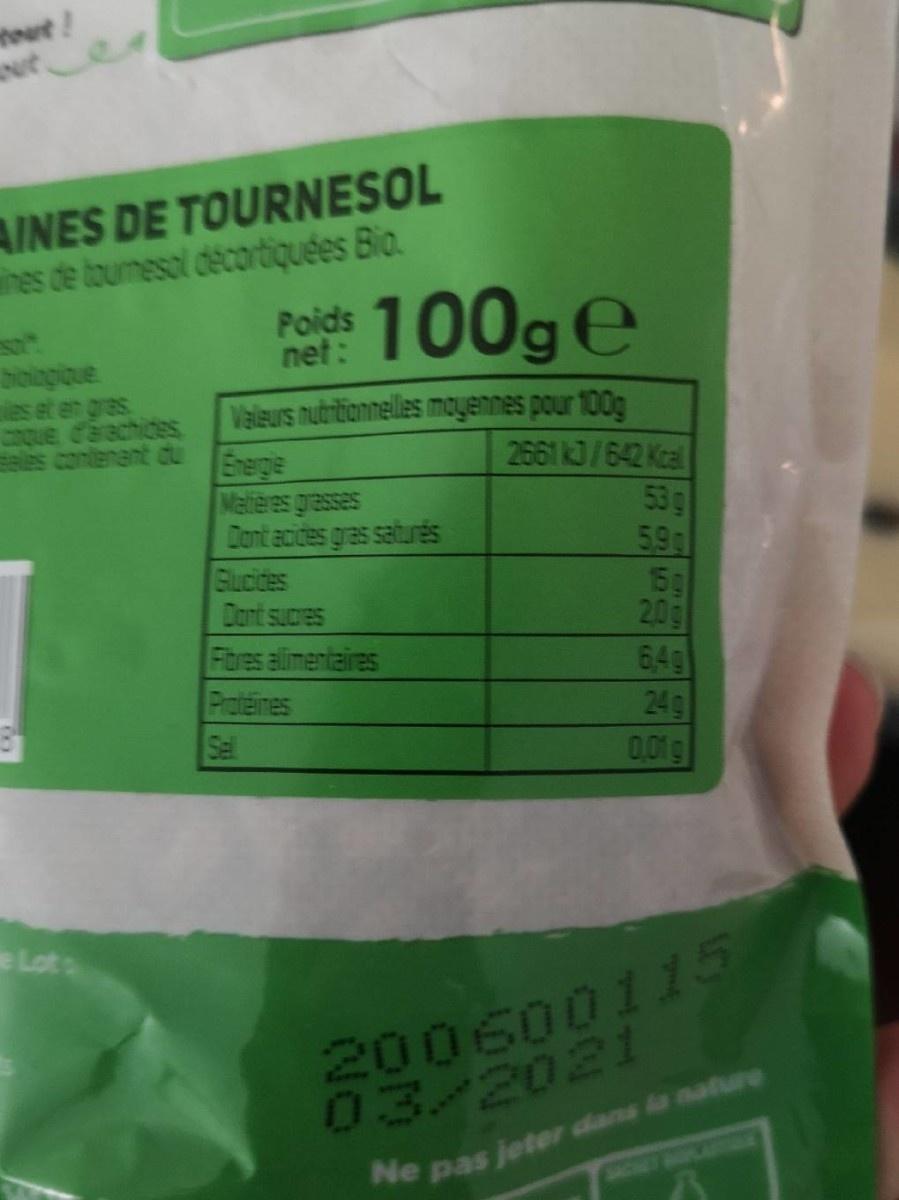
wt! oete
AINES DE TOURNESOL hes de toumescl decortiquées Bio Poids
net:
boiagique es et en gras Coque darachides les contenant du
Velsurs nubritionnelles mayennes pour 100g 2661 k3/642 Kcal 53g 599 15g 20g 6,49 24g 0,01g
Energle Melieres grasses Dont acides gras saturés Glucides Dant sucres
Fibres alimentaires Proteines Sel
eLot
200600115 03/2021
Ne pas jeter dans la nature